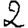
Digit: 2